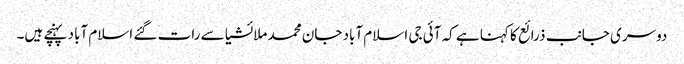
دوسری جانب ذرائع کا کہنا ہے کہ آئی جی اسلام آباد جان محمد ملائشیا سے رات گئے اسلام آباد پہنچے ہیں۔